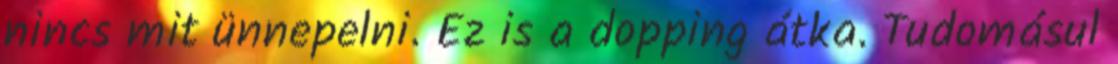
nincs mit ünnepelni. Ez is a dopping átka. Tudomásul